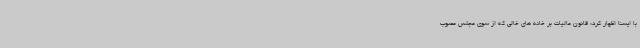
با ایسنا اظهار کرد: قانون مالیات بر خانه های خالی که از سوی مجلس مصوب